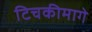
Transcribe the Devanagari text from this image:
टिचकीमागे